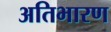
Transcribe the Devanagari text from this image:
अतिभारण